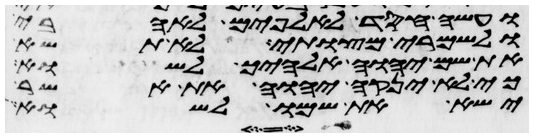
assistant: ועשה חסד לאלפים לאהבי
ולשמרי מצותי לא תשא
את שם יהוה אלהיך לשוא
כי לא ינקה יהוה את אשר
ישא את שמו לשוא